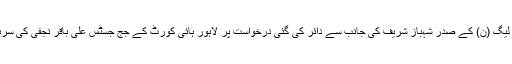
قومی اسمبلی قائد حزب اختلاف اور مسلم لیگ (ن) کے صدر شہباز شریف کی جانب سے دائر کی گئی درخواست پر لاہور ہائی کورٹ کے جج جسٹس علی باقر نجفی کی سربراہی میں دو رکنی بینچ نے سماعت کی۔